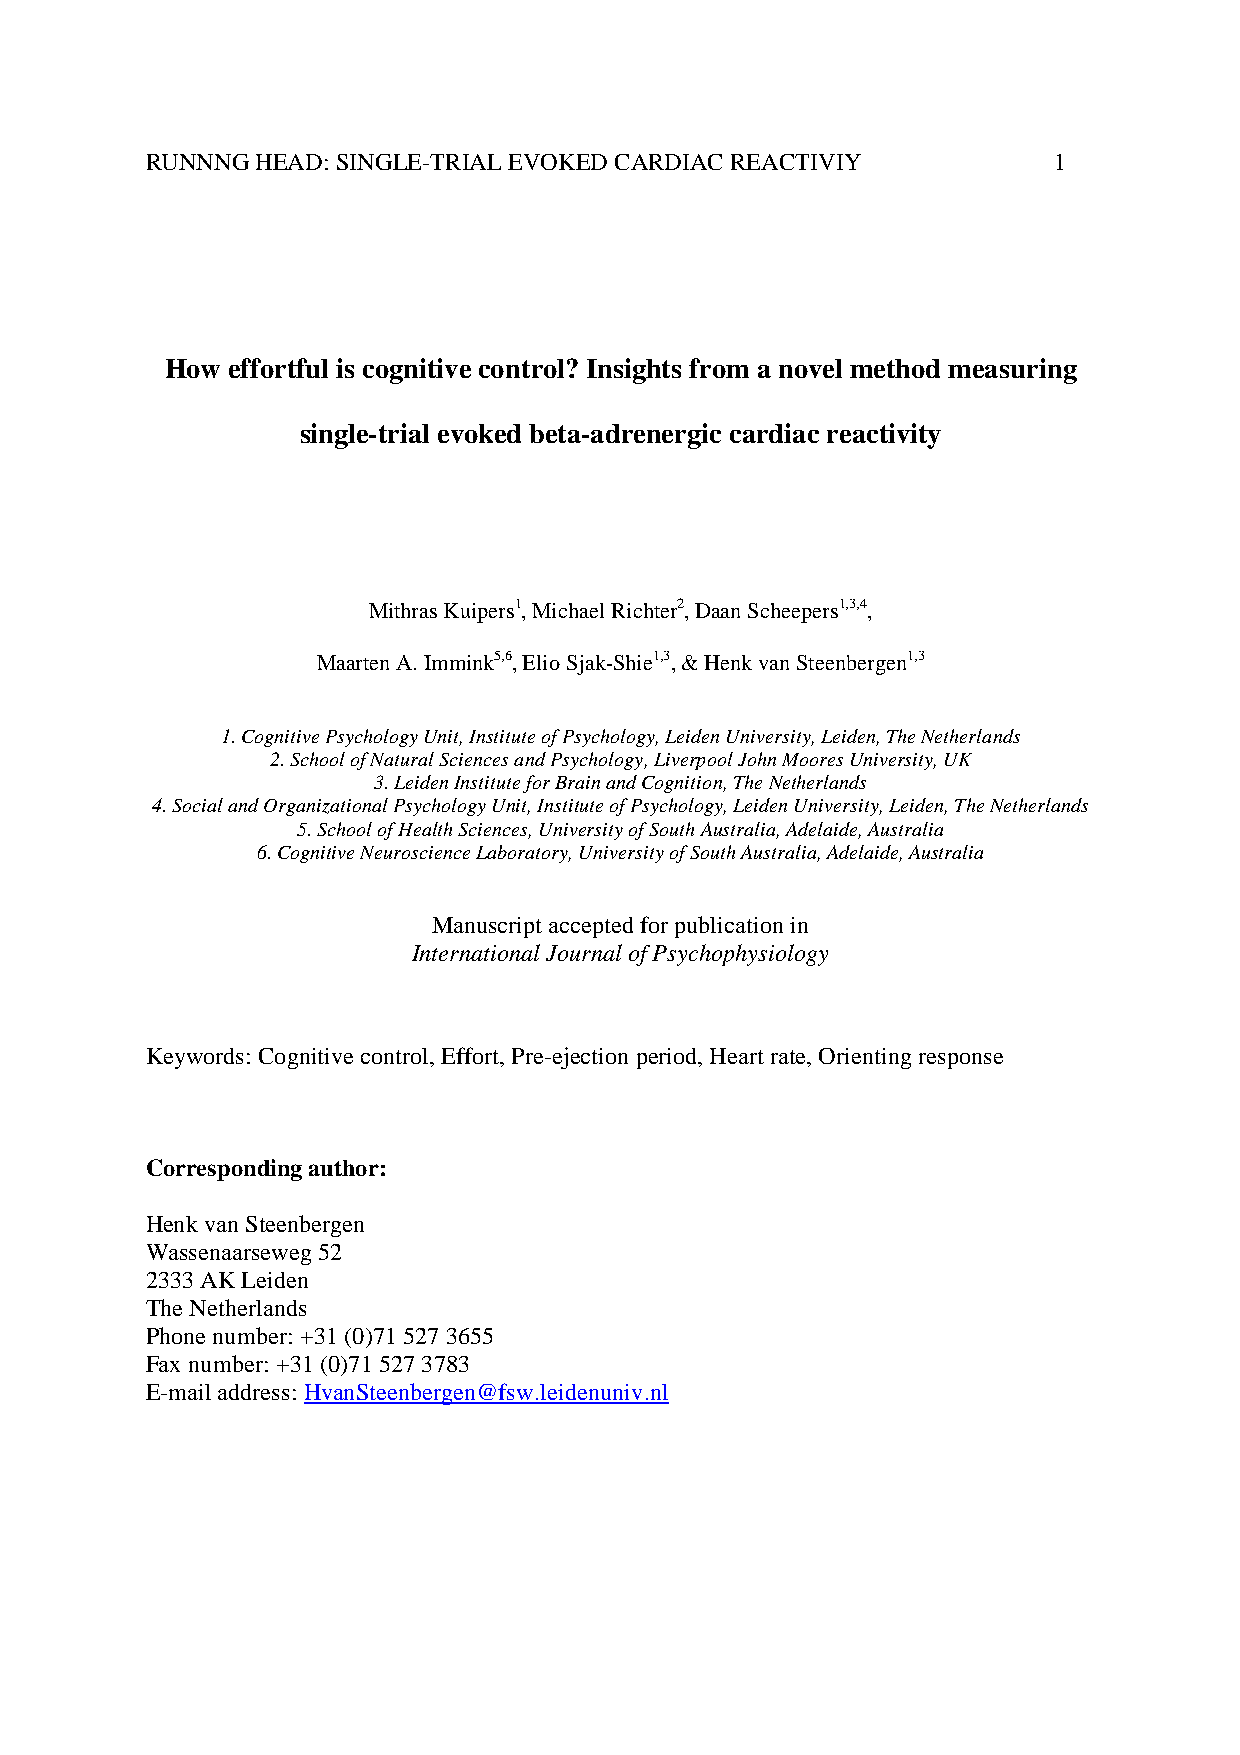
RUNNNG HEAD: SINGLE-TRIAL EVOKED CARDIAC REACTIVIY          1
 How effortful is cognitive control? Insights from a novel method measuring
 single-trial evoked beta-adrenergic cardiac reactivity
 Mithras Kuipers1, Michael Richter2, Daan Scheepers1,3,4,
 Maarten A. Immink5,6, Elio Sjak-Shie1,3, & Henk van Steenbergen1,3
 1. Cognitive Psychology Unit, Institute of Psychology, Leiden University, Leiden, The Netherlands
 2. School of Natural Sciences and Psychology, Liverpool John Moores University, UK
 3. Leiden Institute for Brain and Cognition, The Netherlands
 4. Social and Organizational Psychology Unit, Institute of Psychology, Leiden University, Leiden, The Netherlands
 5. School of Health Sciences, University of South Australia, Adelaide, Australia
 6. Cognitive Neuroscience Laboratory, University of South Australia, Adelaide, Australia
 Manuscript accepted for publication in
 International Journal of Psychophysiology
 Keywords: Cognitive control, Effort, Pre-ejection period, Heart rate, Orienting response
 Corresponding author:
 Henk van Steenbergen
 Wassenaarseweg 52
 2333 AK Leiden
 The Netherlands
 Phone number: +31 (0)71 527 3655
 Fax number: +31 (0)71 527 3783
 E-mail address: HvanSteenbergen@fsw.leidenuniv.nl